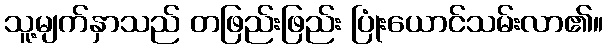
သူ့မျက်နှာသည် တဖြည်းဖြည်း ပြုံးယောင်သမ်းလာ၏။